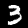
Label: 3